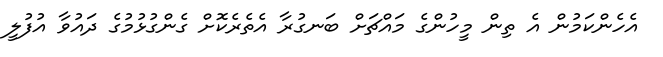
އެހެންކަމުން އެ ތިން މީހުންގެ މައްޗަށް ބަނގުރާ އެތެރެކޮށް ގެންގުޅުމުގެ ދައުވާ އުފުލީ